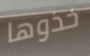
خذوها